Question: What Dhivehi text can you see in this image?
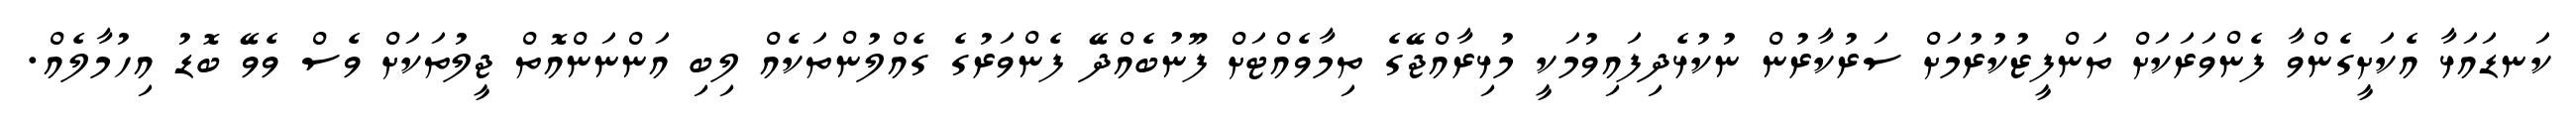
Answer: ކަނޑައަޅާ އެކަށީގެންވާ ފެންވަރަކަށް ތަންފީޒުކުރުމަށް ސަރުކާރުން ނުކުޅެދިފައިވުމަކީ މުޅިރާއްޖޭގެ ތިމާވެއްޓަށް ފޫނުބެއްދޭ ފެންވަރުގެ ގެއްލުންތަކެއް ލިބި އަންނަންއޮތް ޖީލުތަކަށް ވެސް ވެވޭ ބޮޑު އިހުމާލެއް.